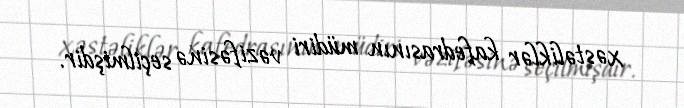
xəstəliklər kafedrasının müdiri vəzifəsinə seçilmişdir.